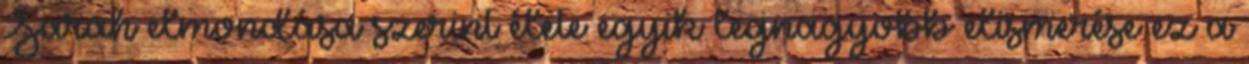
Sarah elmondása szerint élete egyik legnagyobb elismerése ez a